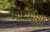
બોરોમીયો